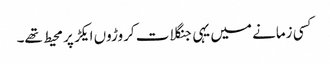
کسی زمانے میں یہی جنگلات کروڑوں ایکڑ پر محیط تھے۔